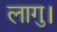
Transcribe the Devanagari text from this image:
लागु।